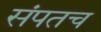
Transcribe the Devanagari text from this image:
संपतच